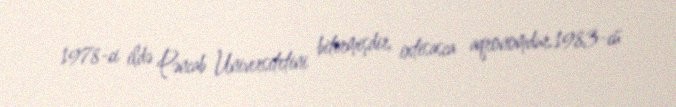
1978-ci ildə Pəncab Universitetini bitirmişdir, ixtisasca aqronomdur.1983-cü